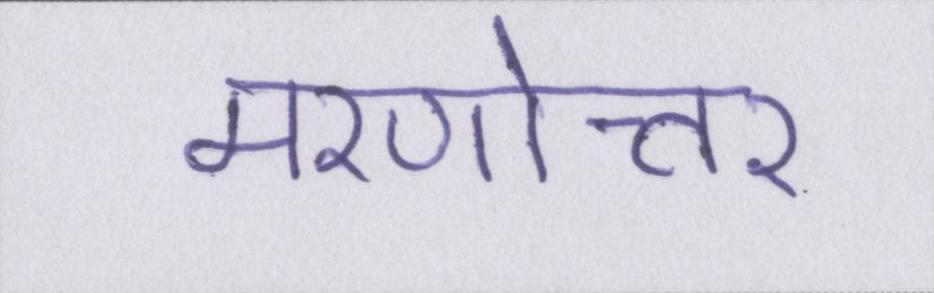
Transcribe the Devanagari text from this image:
मरणोत्तर